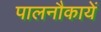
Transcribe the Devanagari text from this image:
पालनौकायें